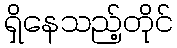
ရှိနေသည့်တိုင်